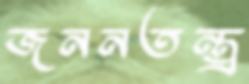
জননতন্ত্র